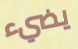
يضيء